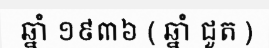
ឆ្នាំ ១៩៣៦ ( ឆ្នាំ ជួត )